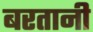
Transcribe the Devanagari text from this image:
बरतानी